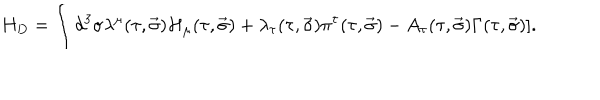
H _ { D } = \int d ^ { 3 } \sigma \lambda ^ { \mu } ( \tau , \vec { \sigma } ) { \cal H } _ { \mu } ( \tau , \vec { \sigma } ) + \lambda _ { \tau } ( \tau , \vec { \sigma } ) \pi ^ { \tau } ( \tau , \vec { \sigma } ) - A _ { \tau } ( \tau , \vec { \sigma } ) \Gamma ( \tau , \vec { \sigma } ) ] .